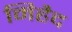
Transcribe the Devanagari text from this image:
मिहैद